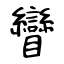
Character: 矕